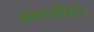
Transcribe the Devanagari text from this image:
धनराशि।